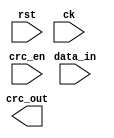
module crc( data_in, crc_en, crc_out, rst, ck );
  input [7:0] data_in;
  input crc_en;
  output [4:0] crc_out;
  input rst;
  input ck;

  reg [4:0] lfsr_q;
  wire [4:0] lfsr_c;

  always @(posedge ck) begin
  end

  assign lfsr_c[0] = lfsr_q[0] ^ lfsr_q[2] ^ lfsr_q[3] ^ data_in[0] ^ data_in[3] ^ data_in[5] ^ data_in[6];
  assign lfsr_c[1] = lfsr_q[1] ^ lfsr_q[3] ^ lfsr_q[4] ^ data_in[1] ^ data_in[4] ^ data_in[6] ^ data_in[7];
  assign lfsr_c[2] = lfsr_q[0] ^ lfsr_q[3] ^ lfsr_q[4] ^ data_in[0] ^ data_in[2] ^ data_in[3] ^ data_in[6] ^ data_in[7];
  assign lfsr_c[3] = lfsr_q[0] ^ lfsr_q[1] ^ lfsr_q[4] ^ data_in[1] ^ data_in[3] ^ data_in[4] ^ data_in[7];
  assign lfsr_c[4] = lfsr_q[1] ^ lfsr_q[2] ^ data_in[2] ^ data_in[4] ^ data_in[5];
endmodule